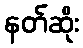
နတ်ဆိုး